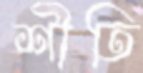
শীতি